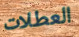
العطلات